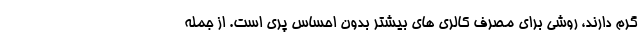
گرم دارند، روشی برای مصرف کالری های بیشتر بدون احساس پری است. از جمله